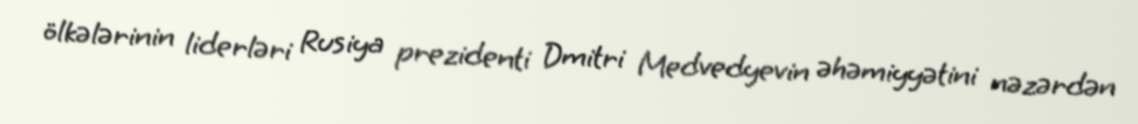
ölkələrinin liderləri Rusiya prezidenti Dmitri Medvedyevin əhəmiyyətini nəzərdən